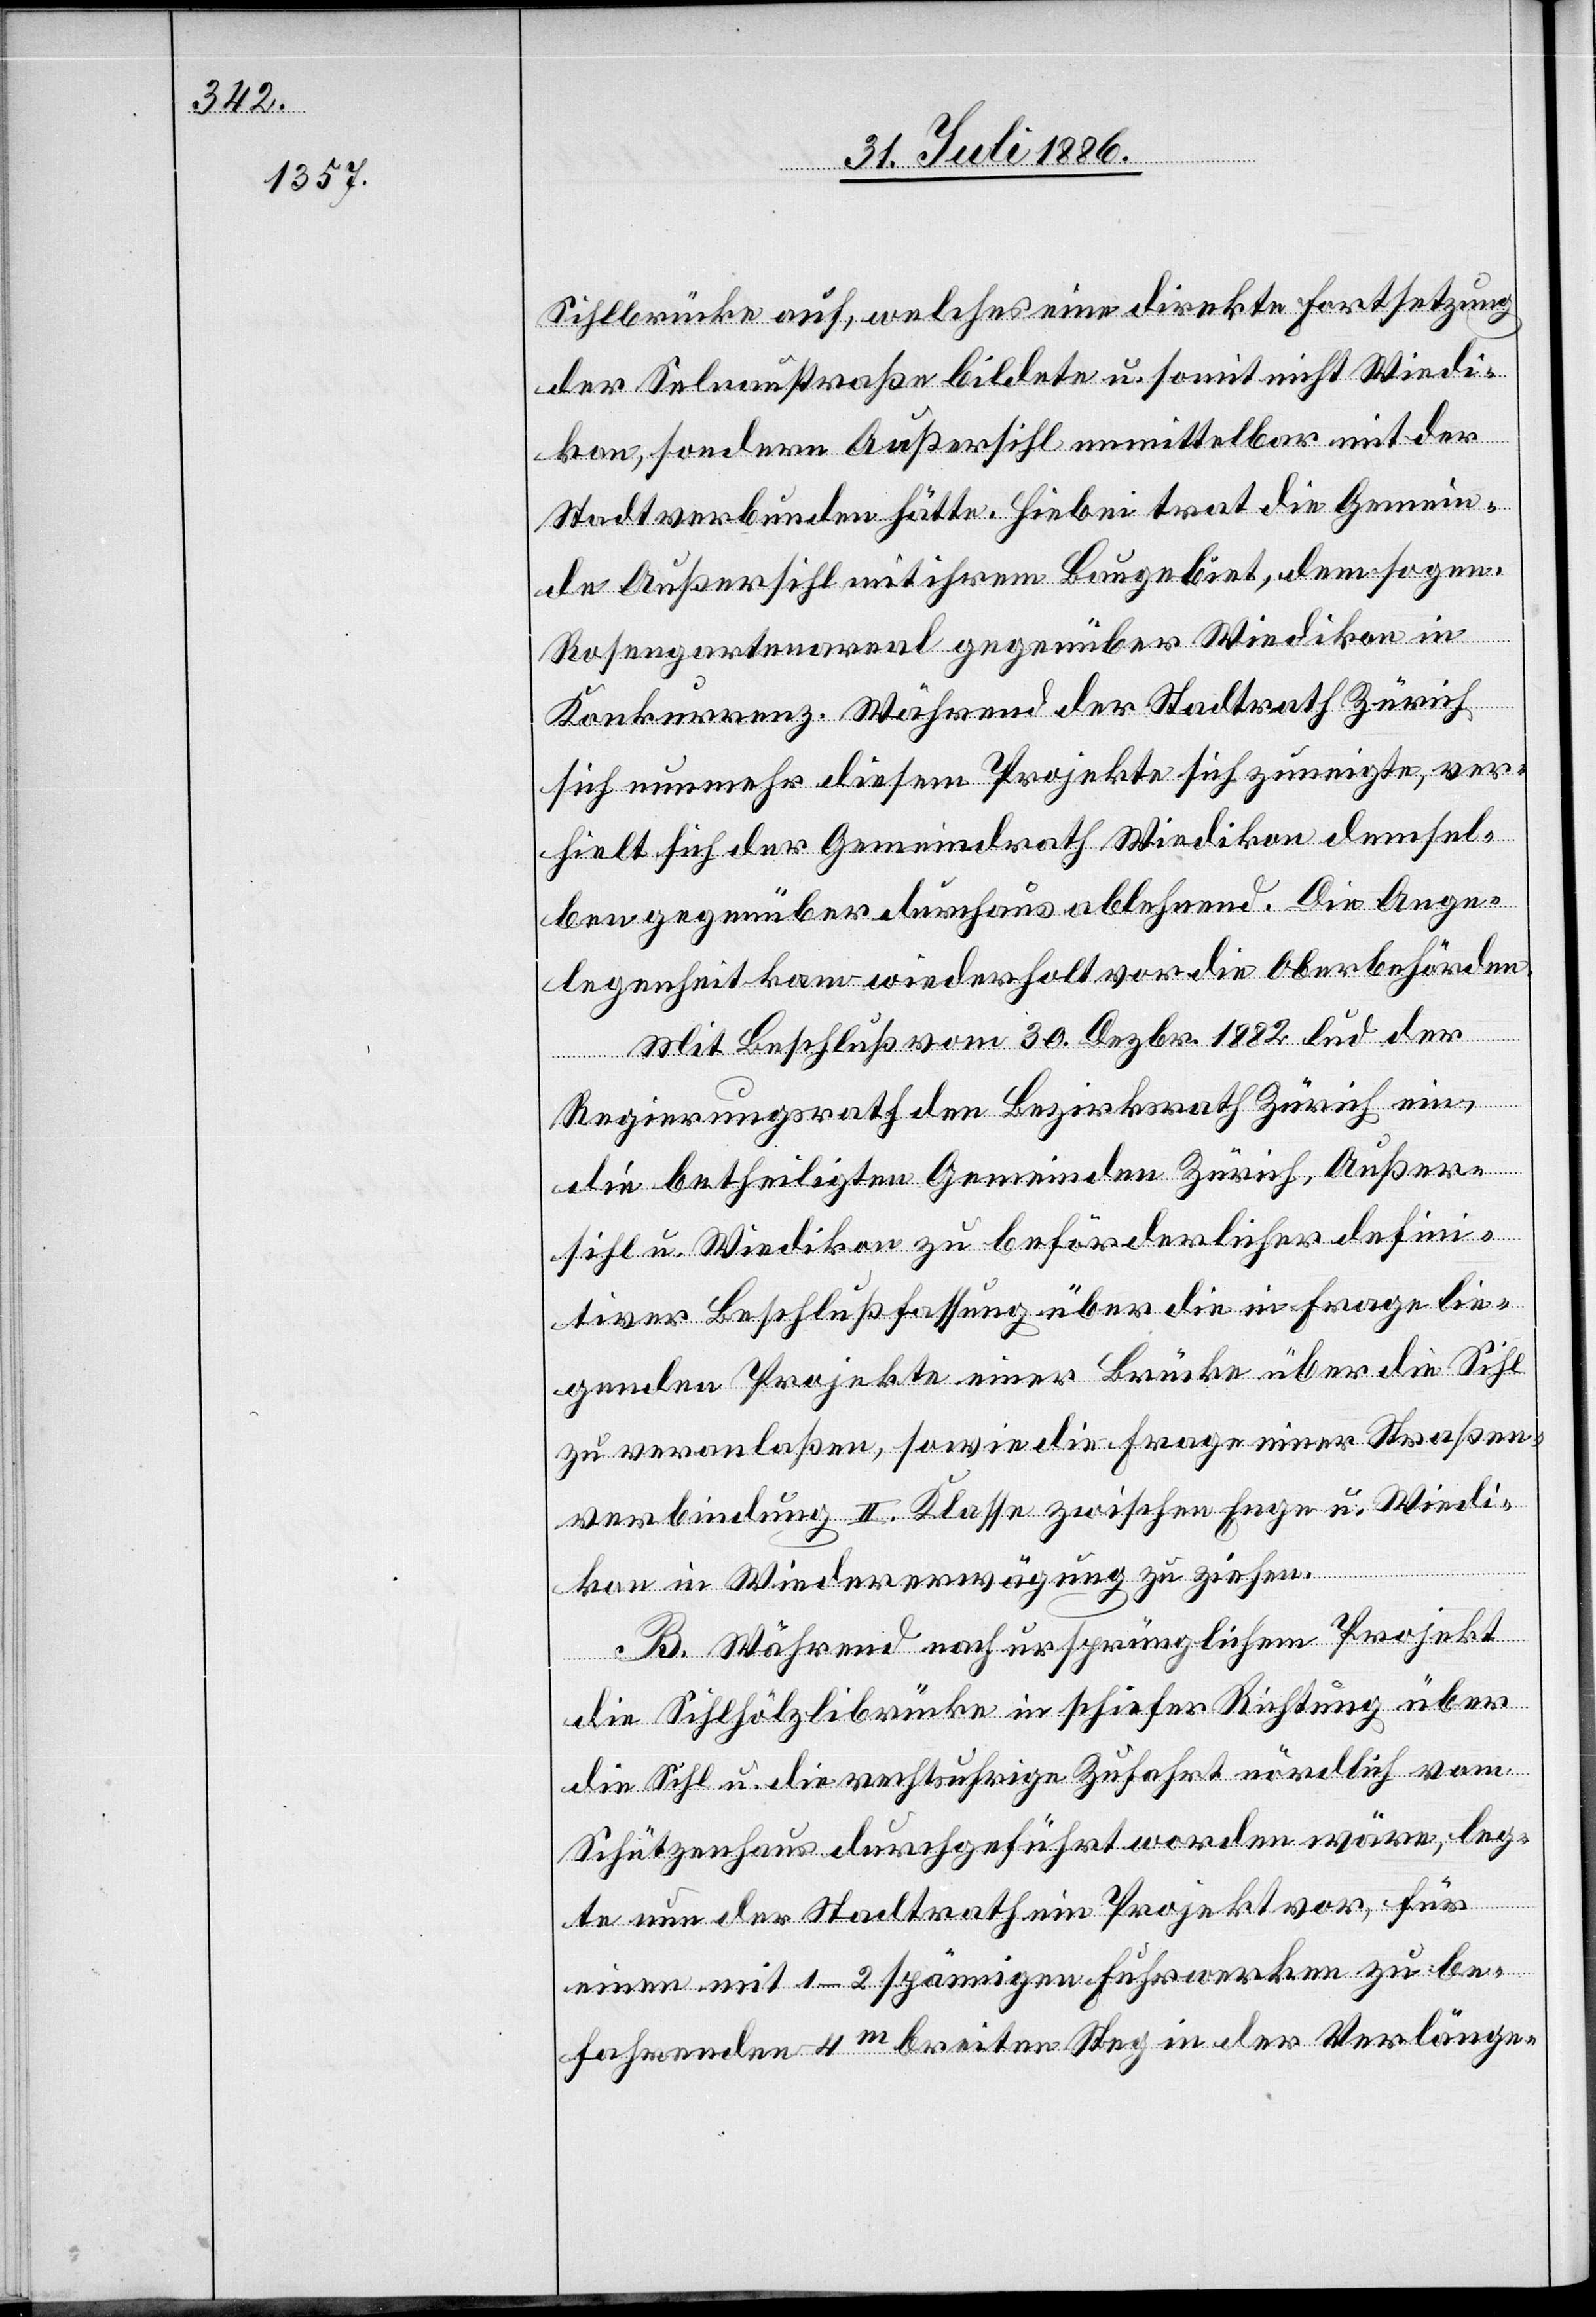
Sihlbrücke auf, welches eine direkte Fortsetzung
der Selnaustraße bildete u. somit nicht Wiedi¬
kon, sondern Außersihl unmittelbar mit der
Stadt verbunden hätte. Hiebei trat die Gemein¬
de Außersihl mit ihrem Baugebiet, dem sogen.
Rosengartenareal gegenüber Wiedikon in
Konkurrenz. Während der Stadtrath Zürich
sich nunmehr diesem Projekte sich [sic!] zuneigte, ver¬
hielt sich der Gemeindrath Wiedikon demsel¬
ben gegenüber durchaus ablehnend. Die Ange¬
legenheit kam wiederholt vor die Oberbehörden.
Mit Beschluß vom 30. Dezbr. 1882 lud der
Regierungsrath den Bezirksrath Zürich ein,
die betheiligten Gemeinden Zürich, Außer¬
sihl u. Wiedikon zu beförderlicher defini¬
tiver Beschlußfassung über die in Frage lie¬
genden Projekte einer Brücke über die Sihl
zu veranlaßen, sowie die Frage einer Straßen¬
verbindung II. Klasse zwischen Enge u. Wiedi¬
kon in Wiedererwägung zu ziehen.
B. Während nach ursprünglichem Projekt
die Sihlhölzlibrücke in schiefer Richtung über
die Sihl u. die rechtsufrige Zufahrt nördlich vom
Schützenhaus durchgeführt worden wäre, leg¬
te nun der Stadtrath ein Projekt vor, für
einen mit 1–2spännigen Fuhrwerken zu be¬
fahrenden 4m breiten Steg in der Verlänge-